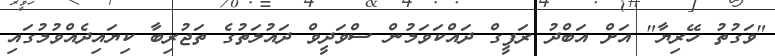
"ވަގުތު ހޭރިޔާ" އަށް އަބްދު ރަފީގް ދައްކަވަމުން ސްވަދީވް ދައުލަތުގެ ތަޖުރިބާ ކިޔައިދެއްވުމުގައި